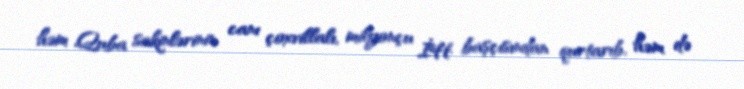
həm Quba sakinlərinin canı çoxvillalı, milyonçu İH başçısından qurtarıb, həm də